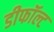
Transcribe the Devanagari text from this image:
डीफॉल्ट